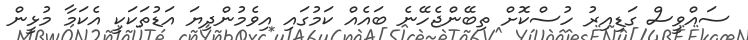
ސައްވީސް ގަޑިއިރު ހުސްކޮށް ތިބޭންޖެހޭނެ ބައެއް ކަމުގައި އިވެމުންދިޔަ އަޑުތަކަކީ އެކަމާ މުޅީން